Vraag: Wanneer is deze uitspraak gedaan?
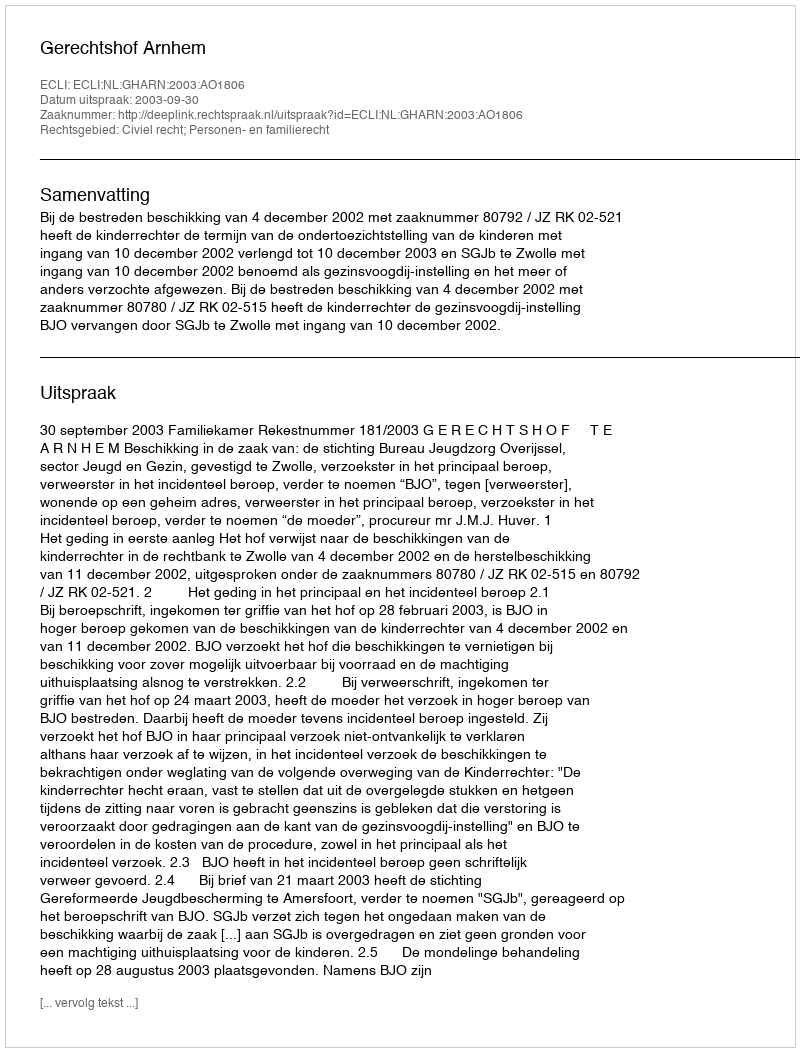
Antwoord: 2003-09-30